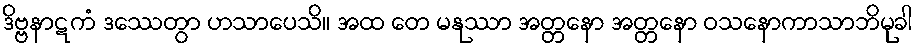
ဒိဗ္ဗနာဋကံ ဒဿေတွာ ဟသာပေသိ။ အထ တေ မနုဿာ အတ္တနော အတ္တနော ဝသနောကာသာဘိမုခါ